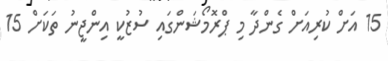
15 އަށް ކުރިއަށް ގެންދާ މި ޕްރޮމޯޝަންގައި ސުޒުކީ އިންޖީނު ތަކަށް 15